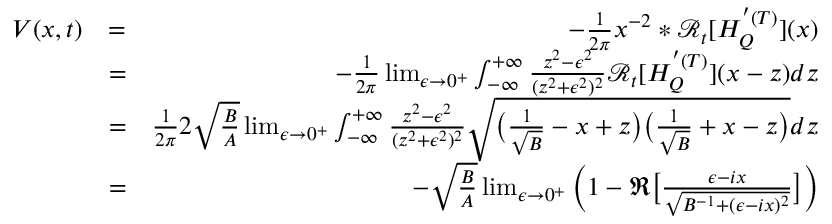
\begin{array} { r l r } { V ( x , t ) } & { = } & { - \frac { 1 } { 2 \pi } x ^ { - 2 } * \mathcal { R } _ { t } [ H _ { Q } ^ { ' ( T ) } ] ( x ) } \\ & { = } & { - \frac { 1 } { 2 \pi } \operatorname* { l i m } _ { \epsilon \to 0 ^ { + } } \int _ { - \infty } ^ { + \infty } \frac { z ^ { 2 } - \epsilon ^ { 2 } } { ( z ^ { 2 } + \epsilon ^ { 2 } ) ^ { 2 } } \mathcal { R } _ { t } [ H _ { Q } ^ { ' ( T ) } ] ( x - z ) d z } \\ & { = } & { \frac { 1 } { 2 \pi } 2 \sqrt { \frac { B } { A } } \operatorname* { l i m } _ { \epsilon \to 0 ^ { + } } \int _ { - \infty } ^ { + \infty } \frac { z ^ { 2 } - \epsilon ^ { 2 } } { ( z ^ { 2 } + \epsilon ^ { 2 } ) ^ { 2 } } \sqrt { \big ( \frac { 1 } { \sqrt { B } } - x + z \big ) \big ( \frac { 1 } { \sqrt { B } } + x - z \big ) } d z } \\ & { = } & { - \sqrt { \frac { B } { A } } \operatorname* { l i m } _ { \epsilon \to 0 ^ { + } } \Big ( 1 - \Re \big [ \frac { \epsilon - i x } { \sqrt { B ^ { - 1 } + ( \epsilon - i x ) ^ { 2 } } } \big ] \Big ) } \end{array}